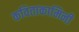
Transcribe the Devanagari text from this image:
कविताकामिनी